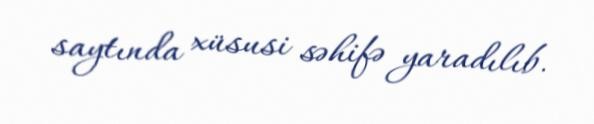
saytında xüsusi səhifə yaradılıb.